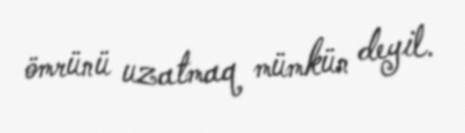
ömrünü uzatmaq mümkün deyil.